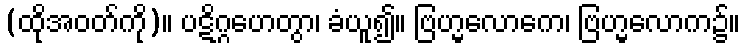
(ထိုအဝတ်ကို)။ ပဋိဂ္ဂဟေတွာ၊ ခံယူ၍။ ဗြဟ္မလောကေ၊ ဗြဟ္မလောက၌။